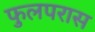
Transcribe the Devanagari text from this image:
फुलपरास